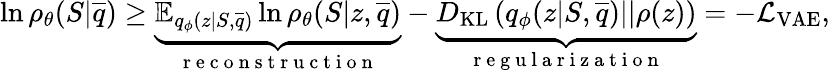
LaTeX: \begin{array}{r}{\ln\rho_{\theta}(S|\overline{{q}})\geq\underbrace{\mathbb{E}_{q_{\phi}(z|S,\overline{{q}})}\ln\rho_{\theta}(S|z,\overline{{q}})}_{\mathrm{~r~e~c~o~n~s~t~r~u~c~t~i~o~n~}}-\underbrace{D_{\mathrm{KL}}\left(q_{\phi}(z|S,\overline{{q}})||\rho(z)\right)}_{\mathrm{~r~e~g~u~l~a~r~i~z~a~t~i~o~n~}}=-\mathcal{L}_{\mathrm{VAE}},}\end{array}